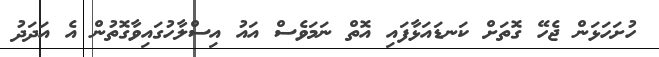
ހުށަހަޅަން ޖެހޭ ގޮތަށް ކަނޑައަޅާފައި އޮތް ނަމަވެސް އައު އިސްލާހުގައިވާގޮތުން އެ އަދަދު